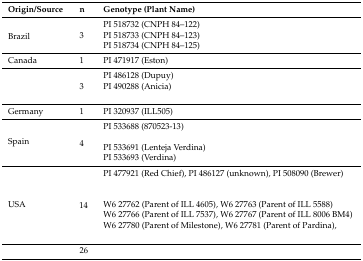
<table><thead><tr><td><b>Origin/Source</b></td><td><b>n</b></td><td><b>Genotype (Plant Name)</b></td></tr></thead><tbody><tr><td rowspan="3">Brazil</td><td rowspan="3">3</td><td>PI 518732 (CNPH 84–122)</td></tr><tr><td>PI 518733 (CNPH 84–123)</td></tr><tr><td>PI 518734 (CNPH 84–125)</td></tr><tr><td>Canada</td><td>1</td><td>PI 471917 (Eston)</td></tr><tr><td rowspan="3">[EMPTY_CELL]</td><td rowspan="3">3</td><td>PI 486128 (Dupuy)</td></tr><tr><td>PI 490288 (Anicia)</td></tr><tr><td>[EMPTY_CELL]</td></tr><tr><td>Germany</td><td>1</td><td>PI 320937 (ILL505)</td></tr><tr><td rowspan="4">Spain</td><td rowspan="4">4</td><td>PI 533688 (870523-13)</td></tr><tr><td>[EMPTY_CELL]</td></tr><tr><td>PI 533691 (Lenteja Verdina)</td></tr><tr><td>PI 533693 (Verdina)</td></tr><tr><td rowspan="7">USA</td><td rowspan="7">14</td><td>PI 477921 (Red Chief), PI 486127 (unknown), PI 508090 (Brewer)</td></tr><tr><td>[EMPTY_CELL]</td></tr><tr><td>[EMPTY_CELL]</td></tr><tr><td>W6 27762 (Parent of ILL 4605), W6 27763 (Parent of ILL 5588)</td></tr><tr><td>W6 27766 (Parent of ILL 7537), W6 27767 (Parent of ILL 8006 BM4)</td></tr><tr><td>W6 27780 (Parent of Milestone), W6 27781 (Parent of Pardina), </td></tr><tr><td>[EMPTY_CELL]</td></tr><tr><td>[EMPTY_CELL]</td><td>26</td><td>[EMPTY_CELL]</td></tr></tbody></table>